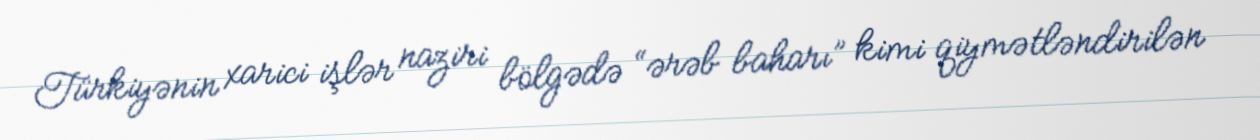
Türkiyənin xarici işlər naziri bölgədə “ərəb baharı” kimi qiymətləndirilən